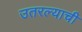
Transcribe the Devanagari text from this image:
उतरल्याची